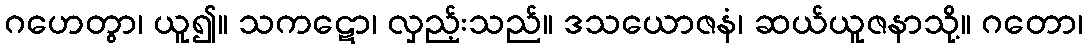
ဂဟေတွာ၊ ယူ၍။ သကဋော၊ လှည့်းသည်။ ဒသယောဇနံ၊ ဆယ်ယူဇနာသို့။ ဂတော၊